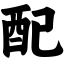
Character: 配